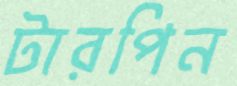
টারপিন